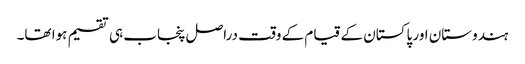
ہندوستان اور پاکستان کے قیام کے وقت دراصل پنجاب ہی تقسیم ہوا تھا۔